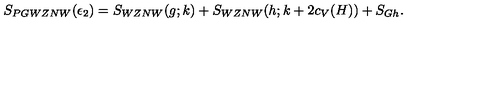
S _ { P G W Z N W } ( \epsilon _ { 2 } ) = S _ { W Z N W } ( g ; k ) + S _ { W Z N W } ( h ; k + 2 c _ { V } ( H ) ) + S _ { G h } .